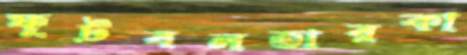
ফুটবলতারকা